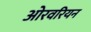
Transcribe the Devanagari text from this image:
ओरवरियन